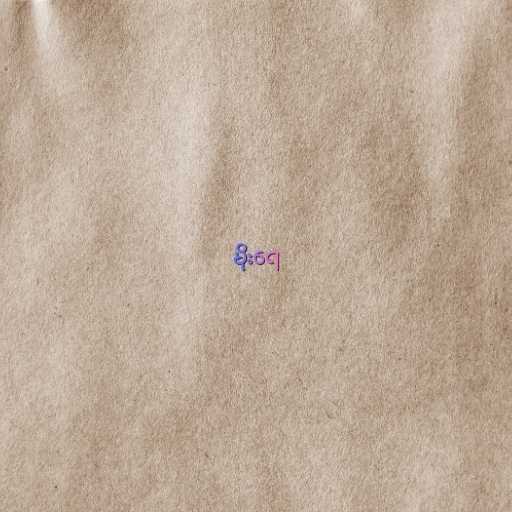
မိုးရေ